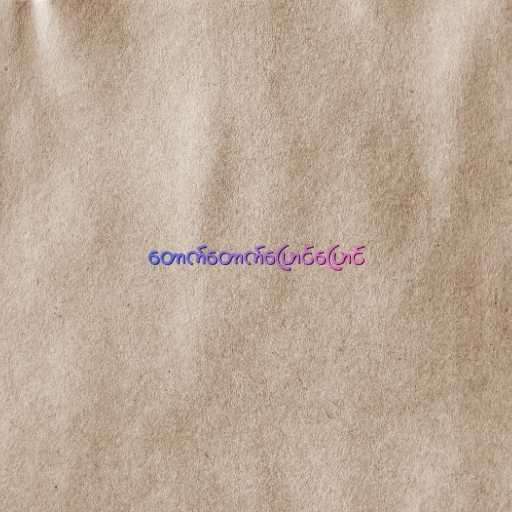
တောက်တောက်ပြောင်ပြောင်